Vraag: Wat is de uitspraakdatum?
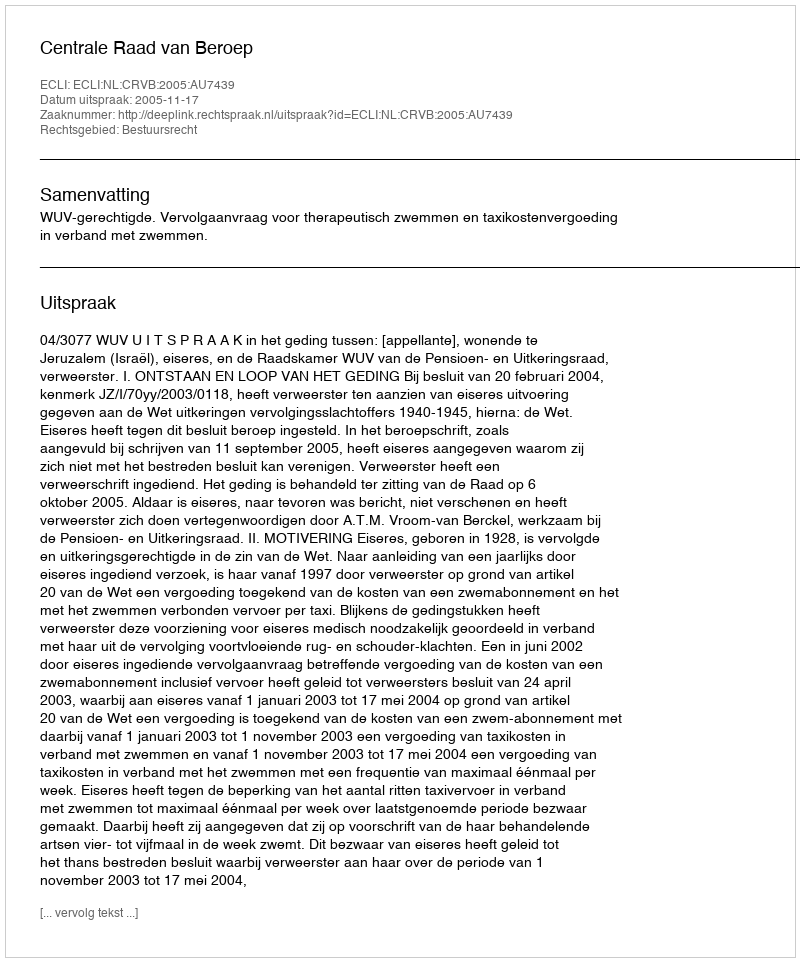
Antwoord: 2005-11-17